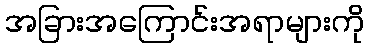
အခြားအကြောင်းအရာများကို